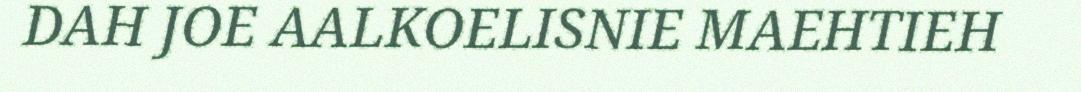
DAH JOE AALKOELISNIE MAEHTIEH